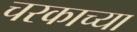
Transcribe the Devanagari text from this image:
चरकाच्या